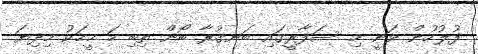
ފުލުހުން ވަނީ މި ސަފާރީގައި ބަނގުރާ ބޯން ތިބި ހަ މީހަކު މިދިޔަ